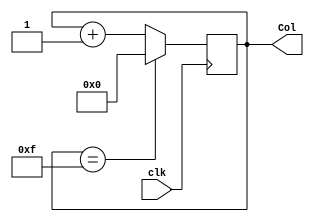
module Col_Sel(Col,clk);
	input clk;
	output [3:0]Col;
	reg [3:0]Col;
	always @ (posedge clk)
	begin
		if(Col == 4'b1111)	Col = 4'b0000;
		else Col = Col + 1'b1;
	end
endmodule